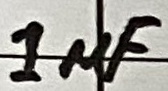
Text: 1µF